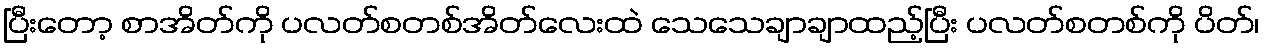
ပြီးတော့ စာအိတ်ကို ပလတ်စတစ်အိတ်လေးထဲ သေသေချာချာထည့်ပြီး ပလတ်စတစ်ကို ပိတ်၊